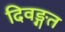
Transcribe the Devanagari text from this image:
दिवङ्गत